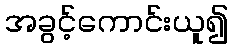
အခွင့်ကောင်းယူ၍